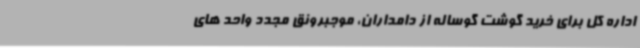
اداره کل برای خرید گوشت گوساله از دامداران، موجبرونق مجدد واحد های